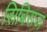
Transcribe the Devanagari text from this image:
सिबिराज